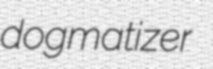
dogmatizer